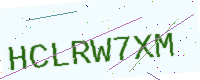
Text: HCLRW7XM